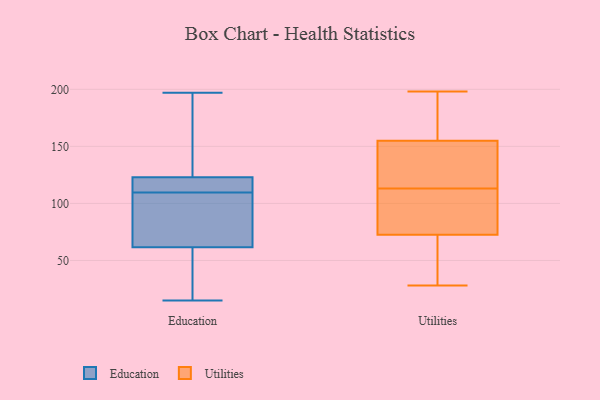
{"axis": {"x": "Energy Usage (MWh)", "y": "Value"}, "legend": ["Education", "Utilities"], "data": [{"x": "", "y": 115, "type": "Education"}, {"x": "", "y": 197, "type": "Education"}, {"x": "", "y": 74, "type": "Education"}, {"x": "", "y": 105, "type": "Education"}, {"x": "", "y": 97, "type": "Education"}, {"x": "", "y": 15, "type": "Education"}, {"x": "", "y": 49, "type": "Education"}, {"x": "", "y": 114, "type": "Education"}, {"x": "", "y": 130, "type": "Education"}, {"x": "", "y": 36, "type": "Education"}, {"x": "", "y": 123, "type": "Education"}, {"x": "", "y": 123, "type": "Education"}, {"x": "", "y": 70, "type": "Utilities"}, {"x": "", "y": 154, "type": "Utilities"}, {"x": "", "y": 183, "type": "Utilities"}, {"x": "", "y": 145, "type": "Utilities"}, {"x": "", "y": 28, "type": "Utilities"}, {"x": "", "y": 194, "type": "Utilities"}, {"x": "", "y": 59, "type": "Utilities"}, {"x": "", "y": 198, "type": "Utilities"}, {"x": "", "y": 92, "type": "Utilities"}, {"x": "", "y": 174, "type": "Utilities"}, {"x": "", "y": 105, "type": "Utilities"}, {"x": "", "y": 53, "type": "Utilities"}, {"x": "", "y": 141, "type": "Utilities"}, {"x": "", "y": 75, "type": "Utilities"}, {"x": "", "y": 156, "type": "Utilities"}, {"x": "", "y": 53, "type": "Utilities"}, {"x": "", "y": 154, "type": "Utilities"}, {"x": "", "y": 121, "type": "Utilities"}, {"x": "", "y": 98, "type": "Utilities"}, {"x": "", "y": 103, "type": "Utilities"}]}